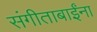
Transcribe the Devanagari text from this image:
संगीताबाईंना